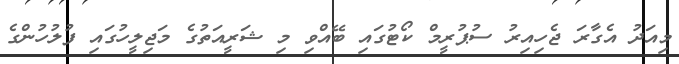
މިއަދު އެގާރަ ޖެހިއިރު ސުޕުރީމް ކޯޓުގައި ބޭއްވި މި ޝަރީއަތުގެ މަޖިލީހުގައި ފުލުހުންގެ